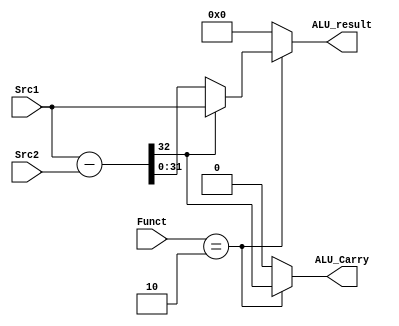
module ALU (
    input [31:0] Src1,Src2,
    input [5:0] Funct,
    output reg [31:0] ALU_result,
    output reg ALU_Carry
);
    always @(Funct or Src1 or Src2) begin
        if (Funct == 6'b000010) begin
            {ALU_Carry,ALU_result} = Src1 - Src2;
            if (ALU_Carry == 1) begin
                ALU_result = Src1;
            end
        end
        
        else begin
            ALU_Carry = 0;
            ALU_result = 0;
        end
    end
endmodule